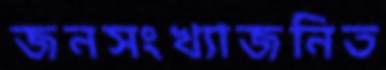
জনসংখ্যাজনিত